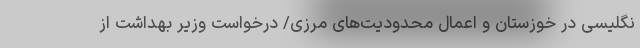
نگلیسی در خوزستان و اعمال محدودیت‌های مرزی/ درخواست وزیر بهداشت از